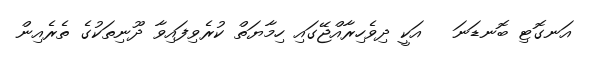
އަނގޮޓި ބޮނޑަނަ   އަކީ ދިވެހިރާއްޖޭގައި ހިމާޔަތް ކުރެވިފައިވާ ދޫނިތަކުގެ ތެރެއިން